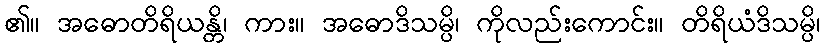
၏။ အဓောတိရိယန္တိ၊ ကား။ အဓောဒိသမ္ပိ၊ ကိုလည်းကောင်း။ တိရိယံဒိသမ္ပိ၊